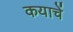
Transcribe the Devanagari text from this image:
कयाचें